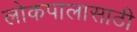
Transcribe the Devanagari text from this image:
लोकपालासाठी